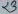
Text: 23